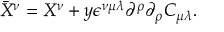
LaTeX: { \bar { X } } ^ { \nu } = X ^ { \nu } + y \epsilon ^ { \nu \mu \lambda } \partial ^ { \rho } \partial _ { \rho } C _ { \mu \lambda } .